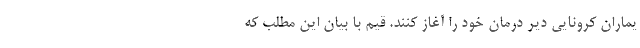
یماران کرونایی دیر درمان خود را آغاز کنند. قیم با بیان این مطلب که